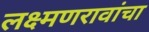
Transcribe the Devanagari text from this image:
लक्ष्मणरावांचा